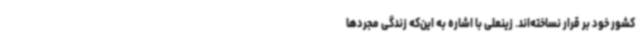
کشور خود بر قرار نساخته‌اند. زینعلی با اشاره به این‌که زندگی مجردها